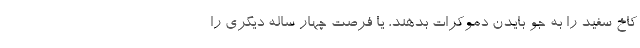
کاخ سفید را به جو بایدن دموکرات بدهند، یا فرصت چهار ساله دیگری را